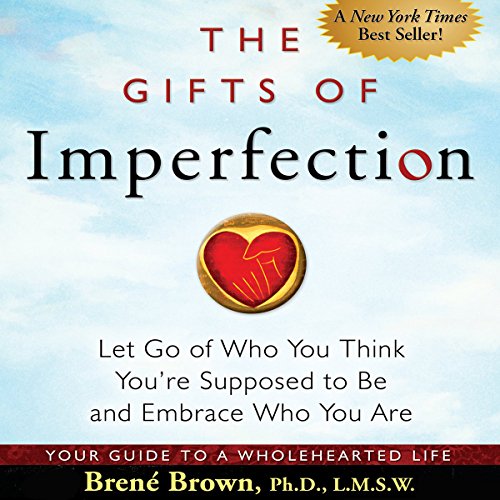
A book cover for The Gifts of Imperfection: Let Go of Who You Think You're Supposed to Be and Embrace Who You Are; BrenÃ© Brown; Medical Books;